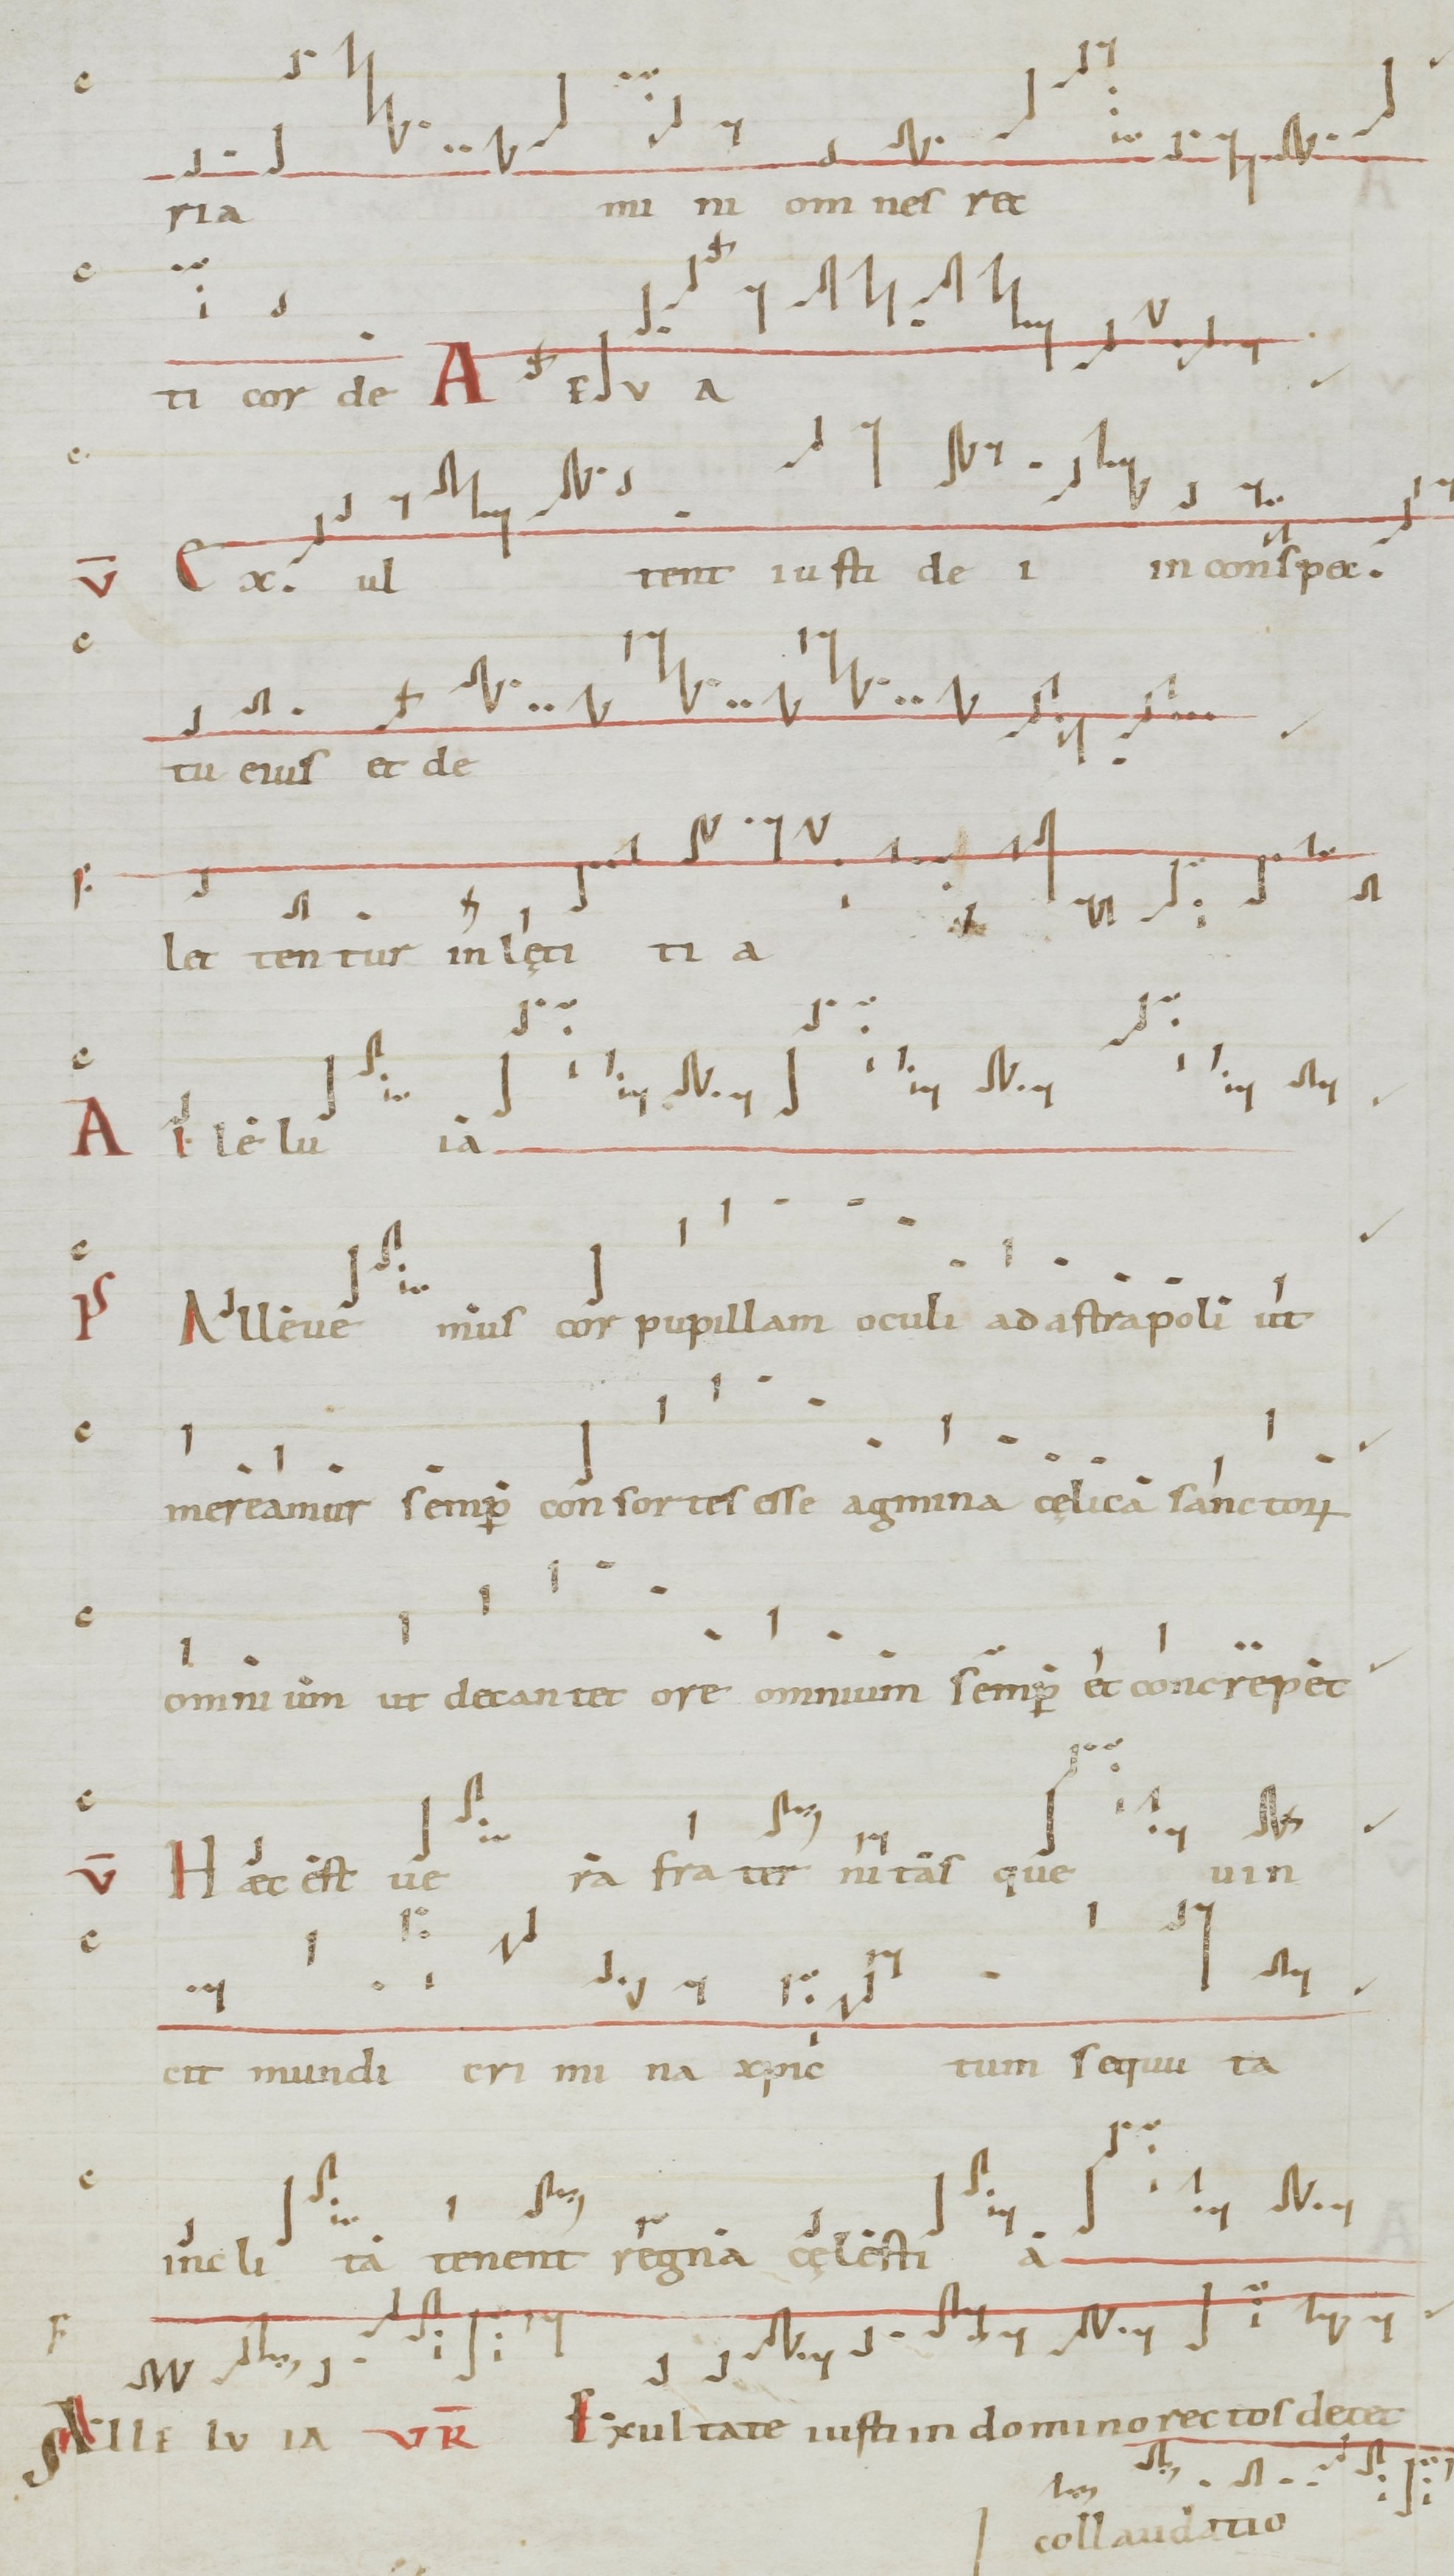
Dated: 1071–1071